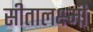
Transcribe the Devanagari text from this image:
सीतालक्ष्मी